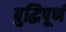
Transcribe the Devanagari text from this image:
बुद्धिपूर्ण